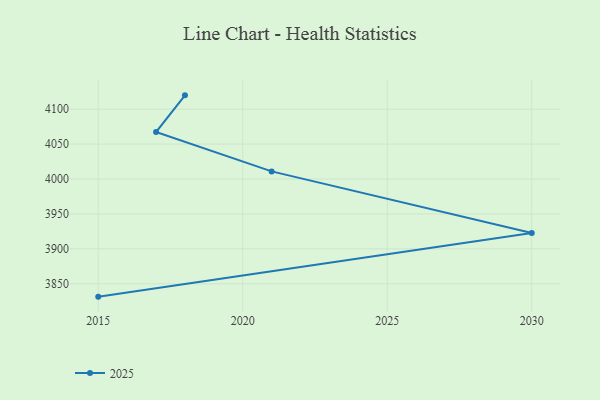
{"axis": {"x": "Year", "y": "Inventory Turnover"}, "legend": ["2025"], "data": [{"x": "2015", "y": 3831.6, "type": "2025"}, {"x": "2030", "y": 3922.7, "type": "2025"}, {"x": "2021", "y": 4010.9, "type": "2025"}, {"x": "2017", "y": 4067.3, "type": "2025"}, {"x": "2018", "y": 4119.8, "type": "2025"}]}